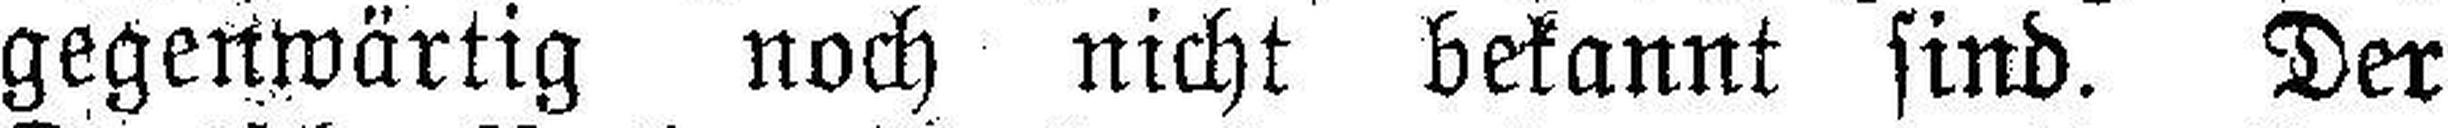
gegenwärtig noch nicht bekannt sind. Der